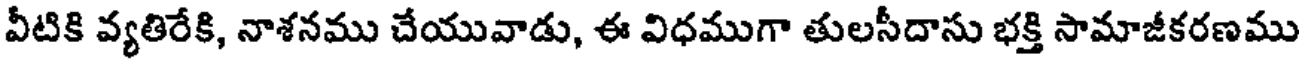
వీటికి వ్యతిరేకి, నాశనము చేయువాడు, ఈ విధముగా తులసీదాసు భక్తి సామాజీకరణము